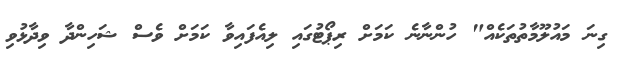
ގިނަ މައުލޫމާތުތަކެއް" ހުންނާނެ ކަމަށް ރިޕޯޓުގައި ލިއެފައިވާ ކަމަށް ވެސް ޝަހިންދާ ވިދާޅުވި